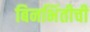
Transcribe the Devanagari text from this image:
बिनभिंतीची